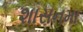
શાસનમા